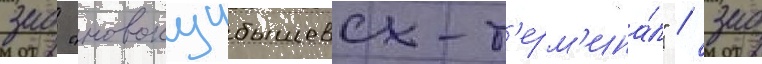
зао "новокуибышевск-т'ерм'ина́л" / зао